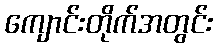
ကျောင်းတိုက်အတွင်း